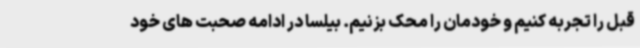
قبل را تجربه کنیم و خودمان را محک بزنیم. بیلسا در ادامه صحبت های خود